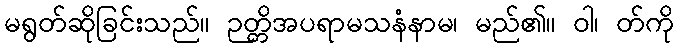
မရွတ်ဆိုခြင်းသည်။ ဉတ္တိအပရာမသနံနာမ၊ မည်၏။ ဝါ၊ တ်ကို